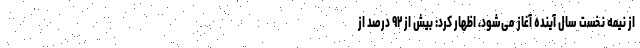
از نیمه نخست سال آینده آغاز می‌شود، اظهار کرد: بیش از ۹۲ درصد از